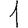
Digit: 1